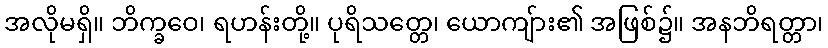
အလိုမရှိ။ ဘိက္ခဝေ၊ ရဟန်းတို့။ ပုရိသတ္တေ၊ ယောကျ်ား၏ အဖြစ်၌။ အနဘိရတ္တာ၊